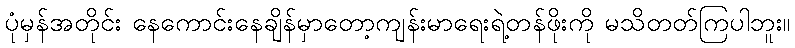
ပုံမှန်အတိုင်း နေကောင်းနေချိန်မှာတော့ကျန်းမာရေးရဲ့တန်ဖိုးကို မသိတတ်ကြပါဘူး။